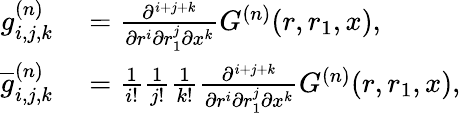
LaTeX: \begin{array}{rl}{g_{i,j,k}^{(n)}}&{{}=\frac{\partial^{i+j+k}}{\partial r^{i}\partial r_{1}^{j}\partial x^{k}}G^{(n)}(r,r_{1},x),}\\ {\overline{{g}}_{i,j,k}^{(n)}}&{{}=\frac{1}{i!}\frac{1}{j!}\frac{1}{k!}\frac{\partial^{i+j+k}}{\partial r^{i}\partial r_{1}^{j}\partial x^{k}}G^{(n)}(r,r_{1},x),}\end{array}